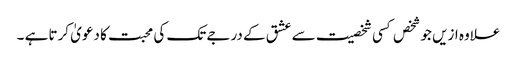
علاوہ ازیں جو شخص کسی شخصیت سے عشق کے درجے تک کی محبت کا دعویٰ کرتا ہے ۔